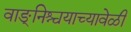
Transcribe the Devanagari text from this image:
वाङ्‌निश्चयाच्यावेळी